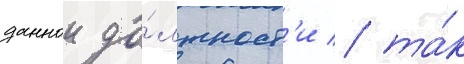
даннои до́лжност'и / та́к